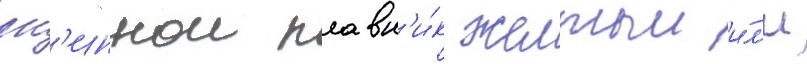
сп'иннои плавн'и́к желтыи и́л'и